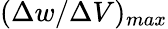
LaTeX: (\Delta w/\Delta V)_{max}